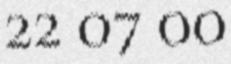
22 07 00